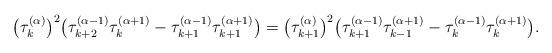
LaTeX: \begin{align*}\big(\tau_{k}^{(\alpha)}\big)^2\big(\tau_{k+2}^{(\alpha-1)}\tau_{k}^{(\alpha+1)}-\tau_{k+1}^{(\alpha-1)}\tau_{k+1}^{(\alpha+1)}\big)=\big(\tau_{k+1}^{(\alpha)}\big)^2 \big(\tau_{k+1}^{(\alpha-1)}\tau_{k-1}^{(\alpha+1)}-\tau_{k}^{(\alpha-1)}\tau_{k}^{(\alpha+1)}\big).\end{align*}